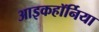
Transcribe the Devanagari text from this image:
आइकहॉर्निया